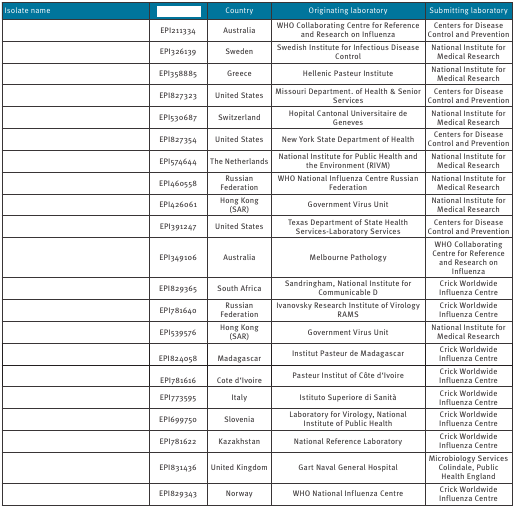
<table><thead><tr><td><b>Isolate name</b></td><td>[EMPTY_CELL]</td><td><b>Country</b></td><td><b>Originating laboratory</b></td><td><b>Submitting laboratory</b></td></tr></thead><tbody><tr><td>[EMPTY_CELL]</td><td>EPI211334</td><td>Australia</td><td>WHO Collaborating Centre for Reference and Research on Influenza</td><td>Centers for Disease Control and Prevention</td></tr><tr><td>[EMPTY_CELL]</td><td>EPI326139</td><td>Sweden</td><td>Swedish Institute for Infectious Disease Control</td><td>National Institute for Medical Research</td></tr><tr><td>[EMPTY_CELL]</td><td>EPI358885</td><td>Greece</td><td>Hellenic Pasteur Institute</td><td>National Institute for Medical Research</td></tr><tr><td>[EMPTY_CELL]</td><td>EPI827323</td><td>United States</td><td>Missouri Department. of Health &amp; Senior Services</td><td>Centers for Disease Control and Prevention</td></tr><tr><td>[EMPTY_CELL]</td><td>EPI530687</td><td>Switzerland</td><td>Hopital Cantonal Universitaire de Geneves</td><td>National Institute for Medical Research</td></tr><tr><td>[EMPTY_CELL]</td><td>EPI827354</td><td>United States</td><td>New York State Department of Health</td><td>Centers for Disease Control and Prevention</td></tr><tr><td>[EMPTY_CELL]</td><td>EPI574644</td><td>The Netherlands</td><td>National Institute for Public Health and the Environment (RIVM)</td><td>National Institute for Medical Research</td></tr><tr><td>[EMPTY_CELL]</td><td>EPI460558</td><td>Russian Federation</td><td>WHO National Influenza Centre Russian Federation</td><td>National Institute for Medical Research</td></tr><tr><td>[EMPTY_CELL]</td><td>EPI426061</td><td>Hong Kong (SAR)</td><td>Government Virus Unit</td><td>National Institute for Medical Research</td></tr><tr><td>[EMPTY_CELL]</td><td>EPI391247</td><td>United States</td><td>Texas Department of State Health Services-Laboratory Services</td><td>Centers for Disease Control and Prevention</td></tr><tr><td>[EMPTY_CELL]</td><td>EPI349106</td><td>Australia</td><td>Melbourne Pathology</td><td>WHO Collaborating Centre for Reference and Research on Influenza</td></tr><tr><td>[EMPTY_CELL]</td><td>EPI829365</td><td>South Africa</td><td>Sandringham, National Institute for Communicable D</td><td>Crick Worldwide Influenza Centre</td></tr><tr><td>[EMPTY_CELL]</td><td>EPI781640</td><td>Russian Federation</td><td>Ivanovsky Research Institute of Virology RAMS</td><td>Crick Worldwide Influenza Centre</td></tr><tr><td>[EMPTY_CELL]</td><td>EPI539576</td><td>Hong Kong (SAR)</td><td>Government Virus Unit</td><td>National Institute for Medical Research</td></tr><tr><td>[EMPTY_CELL]</td><td>EPI824058</td><td>Madagascar</td><td>Institut Pasteur de Madagascar</td><td>Crick Worldwide Influenza Centre</td></tr><tr><td>[EMPTY_CELL]</td><td>EPI781616</td><td>Cote d'Ivoire</td><td>Pasteur Institut of Côte d'Ivoire</td><td>Crick Worldwide Influenza Centre</td></tr><tr><td>[EMPTY_CELL]</td><td>EPI773595</td><td>Italy</td><td>Istituto Superiore di Sanità</td><td>Crick Worldwide Influenza Centre</td></tr><tr><td>[EMPTY_CELL]</td><td>EPI699750</td><td>Slovenia</td><td>Laboratory for Virology, National Institute of Public Health</td><td>Crick Worldwide Influenza Centre</td></tr><tr><td>[EMPTY_CELL]</td><td>EPI781622</td><td>Kazakhstan</td><td>National Reference Laboratory</td><td>Crick Worldwide Influenza Centre</td></tr><tr><td>[EMPTY_CELL]</td><td>EPI831436</td><td>United Kingdom</td><td>Gart Naval General Hospital</td><td>Microbiology Services Colindale, Public Health England</td></tr><tr><td>[EMPTY_CELL]</td><td>EPI829343</td><td>Norway</td><td>WHO National Influenza Centre</td><td>Crick Worldwide Influenza Centre</td></tr></tbody></table>